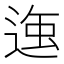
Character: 𮞣